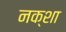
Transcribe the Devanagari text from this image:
नक्‍शा